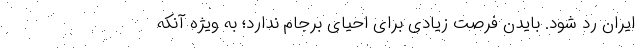
ایران رد شود. بایدن فرصت زیادی برای احیای برجام ندارد؛ به ویژه آنکه